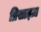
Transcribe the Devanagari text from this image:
प्रिसाइज़